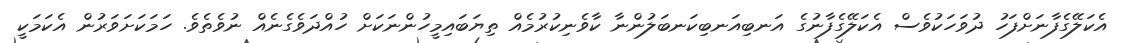
އެކަލޭގެފާނަށްފަހު ދުވަހަކުވެސް އެކަލޭގެފާނުގެ އަނބިއަނބިކަނބަލުންނާ ކާވެނިކުރުމެއް ތިޔަބައިމީހުންނަކަށް ހުއްދަވެގެނެއް ނުވެތެވެ. ހަމަކަށަވަރުން އެކަމަކީ